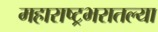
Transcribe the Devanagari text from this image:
महाराष्ट्रभरातल्या